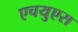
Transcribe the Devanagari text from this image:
एचयुएस